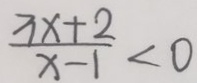
\frac { 3 x + 2 } { x - 1 } < 0